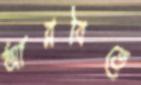
আরবিতে